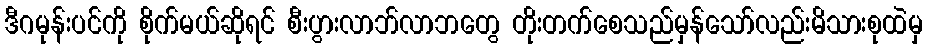
ဒီဂမုန်းပင်ကို စိုက်မယ်ဆိုရင် စီးပွားလာဘ်လာဘတွေ တိုးတက်စေသည်မှန်သော်လည်းမိသားစုထဲမှ